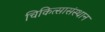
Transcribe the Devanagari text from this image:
चिकित्सासंस्थान